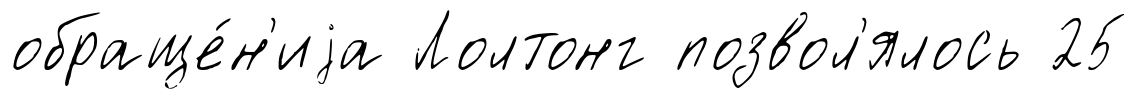
обраще́н'иjа Лолтонг позвол'ялось 25